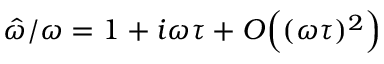
\hat { \omega } / \omega = 1 + i \omega \tau + O \Big ( ( \omega \tau ) ^ { 2 } \Big )